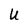
Character: U